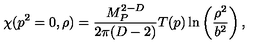
\chi ( p ^ { 2 } = 0 , \rho ) = { \frac { M _ { P } ^ { 2 - D } } { 2 \pi ( D - 2 ) } } T ( p ) \ln \left( { \frac { \rho ^ { 2 } } { b ^ { 2 } } } \right) ,